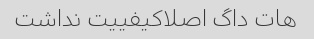
هات داگ اصلاکیفییت نداشت